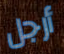
أرجل